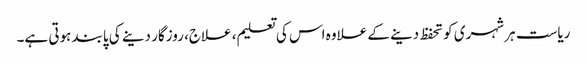
ریاست ہر شہری کو تحفظ دینے کے علاوہ اس کی تعلیم، علاج، روزگار دینے کی پابند ہوتی ہے۔